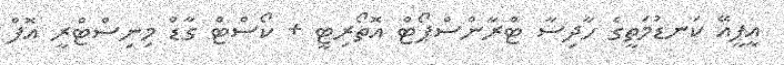
އީޕީއޭ ކަނޑުމަތީގެ ހާދިސާ ޓްރާންސްޕޯޓް އޮތޯރިޓީ + ކޯސްޓް ގާޑް މިނިސްޓްރީ އޮފް